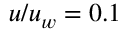
u / u _ { w } = 0 . 1